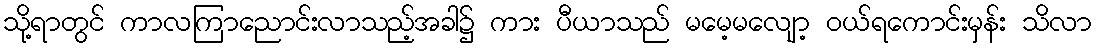
သို့ရာတွင် ကာလကြာညောင်းလာသည့်အခါ၌ ကား ပီယာသည် မမေ့မလျော့ ဝယ်ရကောင်းမှန်း သိလာ